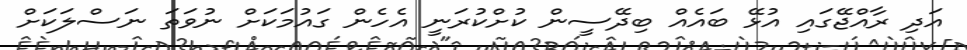
އަދި ރާއްޖޭގައި އުޅޭ ބައެއް ބިދޭސީން ކުށްކުރަނީ އެހެން ގައުމަކަށް ނުވަތަ ނަސްލަކަށް